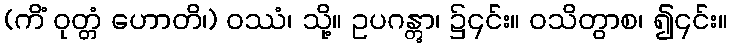
(ကိံ ဝုတ္တံ ဟောတိ၊) ဝဿံ၊ သို့။ ဥပဂန္တွာ၊ ၌၎င်း။ ဝသိတွာစ၊ ၍၎င်း။